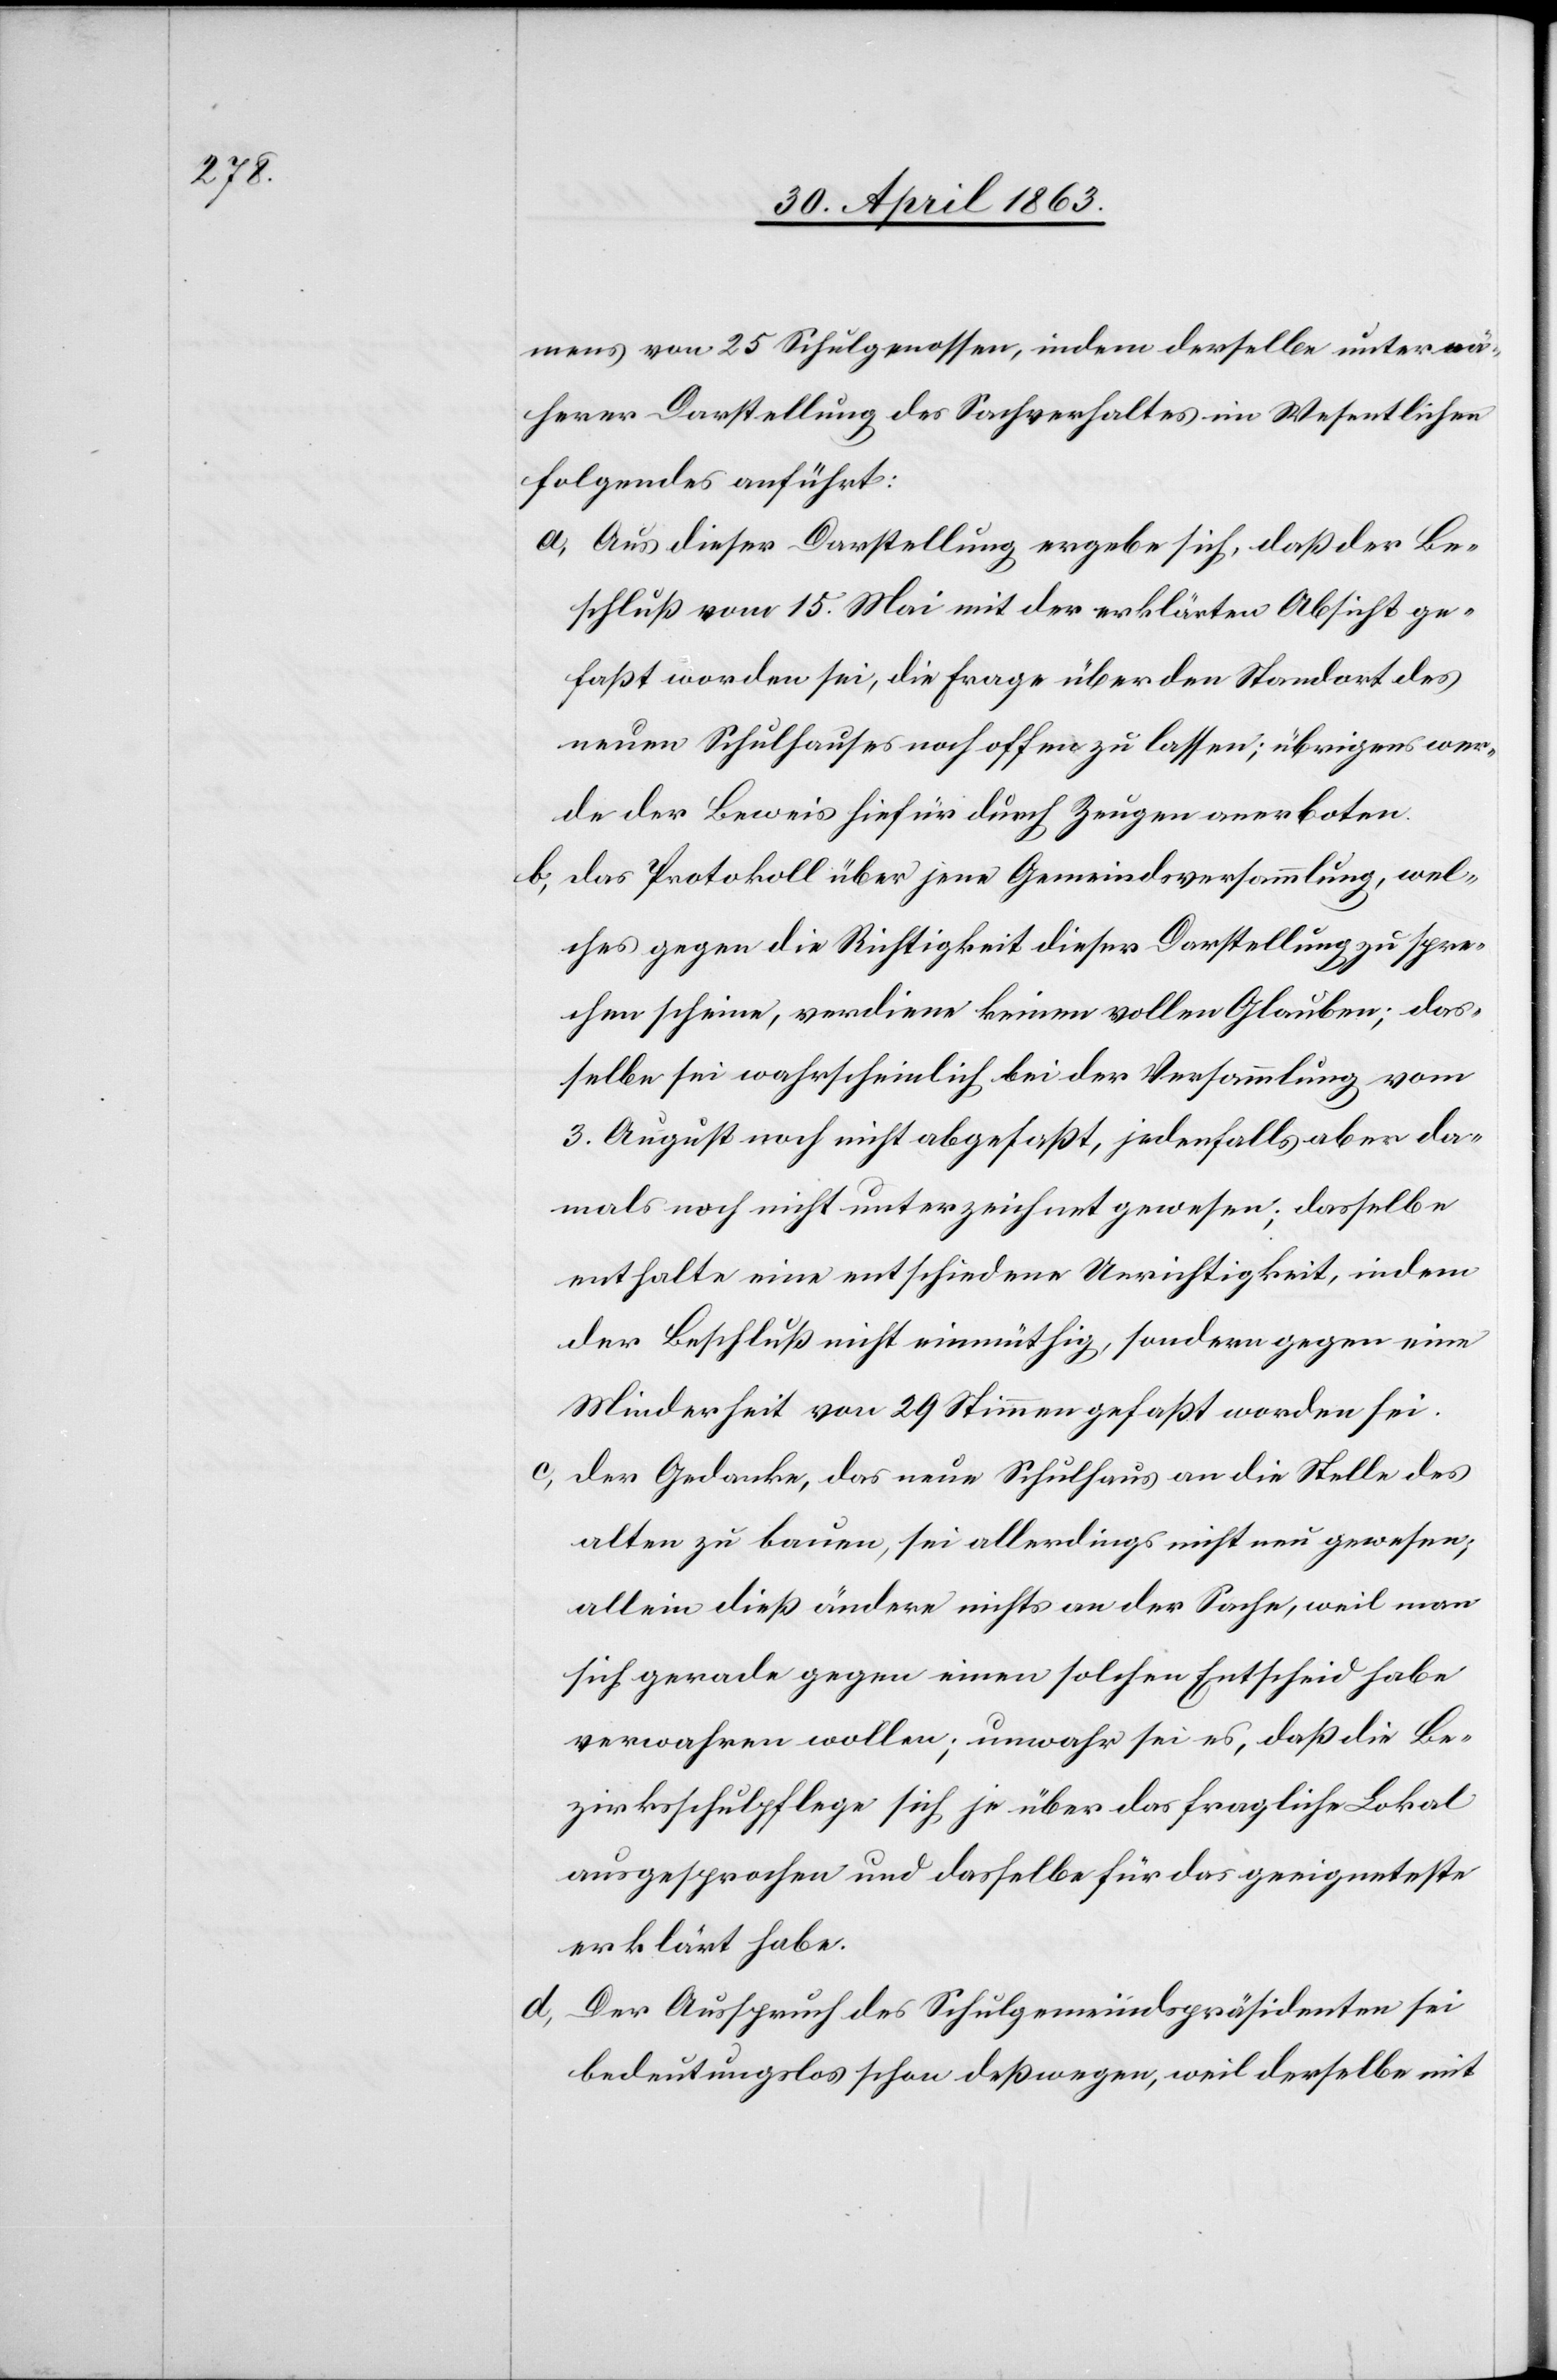
mens von 25 Schulgenossen, indem derselbe unter nä¬
herer Darstellung des Sachverhaltes im Wesentlichen
folgendes anführt:
a) Aus dieser Darstellung ergebe sich, daß der Be¬
schluß vom 15. Mai mit der erklärten Absicht ge¬
faßt worden sei, die Frage über den Standort des
neuen Schulhauses noch offen zu lassen; übrigens wer¬
de der Beweis hiefür durch Zeugen anerboten.
b) Das Protokoll über jene Gemeindsversammlung, wel¬
ches gegen die Richtigkeit dieser Darstellung zu spre¬
chen scheine, verdiene keinen vollen Glauben; das¬
selbe sei wahrscheinlich bei der Versammlung vom
3. August noch nicht abgefaßt, jedenfalls aber da¬
mals noch nicht unterzeichnet gewesen; dasselbe
enthalte eine entschiedene Unrichtigkeit, indem
der Beschluß nicht einmüthig, sondern gegen eine
Minderheit von 29 Stimmen gefaßt worden sei.
c) Der Gedanke, das neue Schulhaus an die Stelle des
alten zu bauen, sei allerdings nicht neu gewesen;
allein dieß ändere nichts an der Sache, weil man
sich gerade gegen einen solchen Entscheid habe
verwahren wollen; unwahr sei es, daß die Be¬
zirksschulpflege sich je über das fragliche Lokal
ausgesprochen und dasselbe für das geeigneteste
erklärt habe.
d) Der Ausspruch des Schulgemeindspräsidenten sei
bedeutungslos schon deßwegen, weil derselbe mit